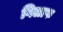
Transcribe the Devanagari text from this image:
गिलाफ